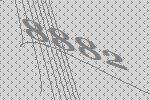
8882